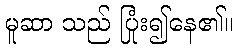
မူဆာ သည် ပြုံး၍နေ၏။